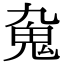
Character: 𩱼